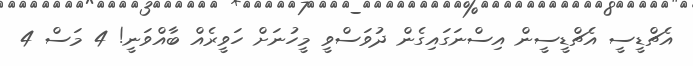
އެޗްޑީސީ އެޗްޑީސީން އިސްނަގައިގެން ދުވަސްވީ މީހުނަށް ހަވީރެއް ބާއްވަނީ! 4 މަސް 4